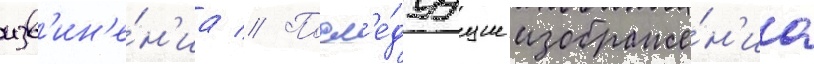
изв'ин'е́н'иа // Посл'е́дуущие изображе́н'иа